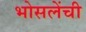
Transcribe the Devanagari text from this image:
भोसलेंची